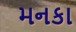
મનકા